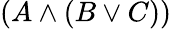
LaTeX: (A\land(B\lor C))